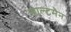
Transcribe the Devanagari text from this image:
साल्टमैन